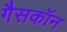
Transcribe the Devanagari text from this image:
गैसकॉन